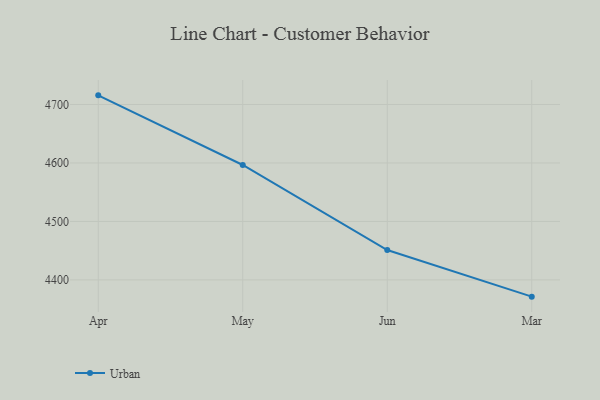
{"axis": {"x": "Month", "y": "Inventory Turnover"}, "legend": ["Urban"], "data": [{"x": "Apr", "y": 4715.6, "type": "Urban"}, {"x": "May", "y": 4596.5, "type": "Urban"}, {"x": "Jun", "y": 4451.1, "type": "Urban"}, {"x": "Mar", "y": 4371.4, "type": "Urban"}]}